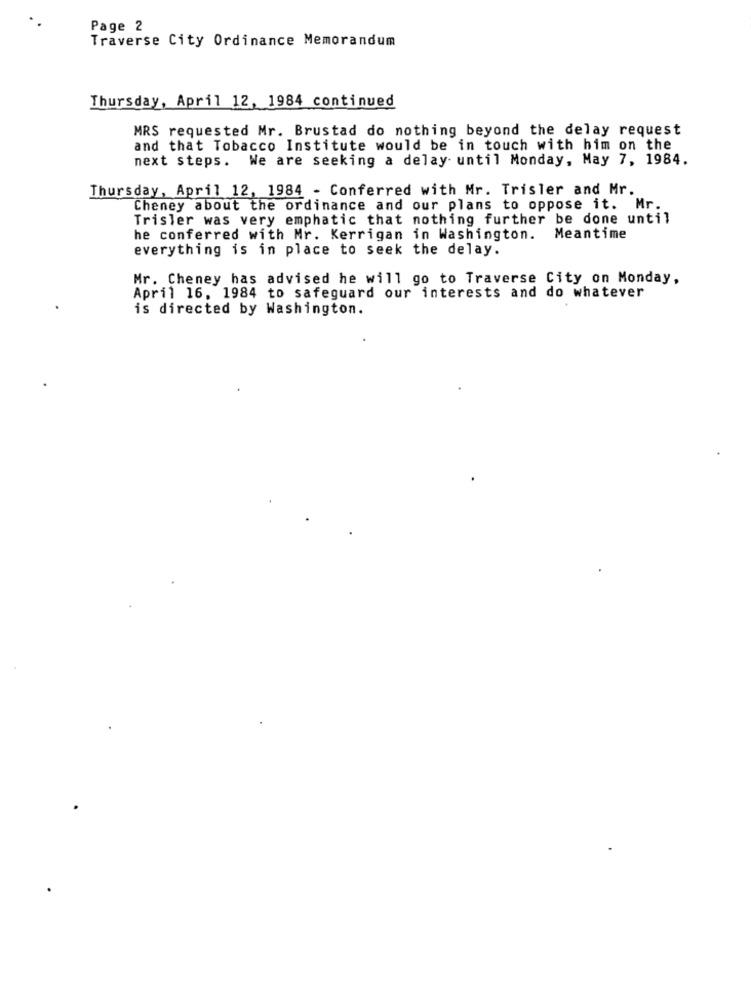
Page 2
Traverse City Ordinance Memorandum
Thursday, April 12, 1984 continued
MRS requested Mr. Brustad do nothing beyond the delay request
and that Tobacco Institute would be in touch with him on the
next steps. We are seeking a delay. until Monday, May 7, 1984.
Thursday, April 12, 1984 - Conferred with Mr. Trisler and Mr.
Cheney about the ordinance and our plans to oppose it. Mr.
Trisler was very emphatic that nothing further be done until
he conferred with Mr. Kerrigan in Washington. Meantime
everything is in place to seek the delay.
Mr. Cheney has advised he will go to Traverse City on Monday,
April 16. 1984 to safeguard our interests and do whatever
is directed by Washington.